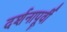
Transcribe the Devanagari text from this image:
दर्शनापूर्वी